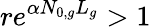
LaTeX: re^{\alpha N_{0,g}L_{g}}>1